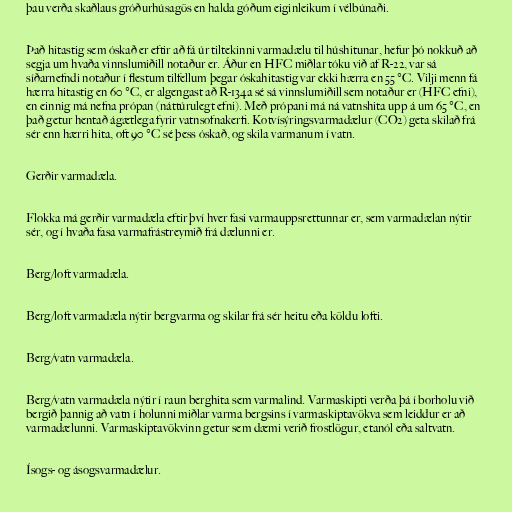
þau verða skaðlaus gróðurhúsagös en halda góðum eiginleikum í vélbúnaði.

Það hitastig sem óskað er eftir að fá úr tiltekinni varmadælu til húshitunar, hefur þó nokkuð að
segja um hvaða vinnslumiðill notaður er. Áður en HFC miðlar tóku við af R-22, var sá
síðarnefndi notaður í flestum tilfellum þegar óskahitastig var ekki hærra en 55 °C. Vilji menn fá
hærra hitastig en 60 °C, er algengast að R-134a sé sá vinnslumiðill sem notaður er (HFC efni),
en einnig má nefna própan (náttúrulegt efni). Með própani má ná vatnshita upp á um 65 °C, en
það getur hentað ágætlega fyrir vatnsofnakerfi. Kotvísýringsvarmadælur (CO2) geta skilað frá
sér enn hærri hita, oft 90 °C sé þess óskað, og skila varmanum í vatn.

Gerðir varmadæla.

Flokka má gerðir varmadæla eftir því hver fasi varmauppsrettunnar er, sem varmadælan nýtir
sér, og í hvaða fasa varmafrástreymið frá dælunni er.

Berg/loft varmadæla.

Berg/loft varmadæla nýtir bergvarma og skilar frá sér heitu eða köldu lofti.

Berg/vatn varmadæla.

Berg/vatn varmadæla nýtir í raun berghita sem varmalind. Varmaskipti verða þá í borholu við
bergið þannig að vatn í holunni miðlar varma bergsins í varmaskiptavökva sem leiddur er að
varmadælunni. Varmaskiptavökvinn getur sem dæmi verið frostlögur, etanól eða saltvatn.

Ísogs- og ásogsvarmadælur.